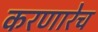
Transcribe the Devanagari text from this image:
करणारेच